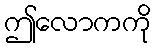
ဤလောကကို